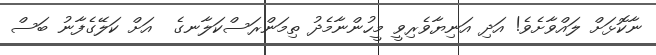
ނާކޮޅަށް ލައްވާށެވެ! އަދި އަނިޔާވެރިވީ މީހުންނާމެދު ތިމަންރަސްކަލާނގެ  އަށް ކަލޭގެފާނު ބަސް